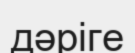
дәріге